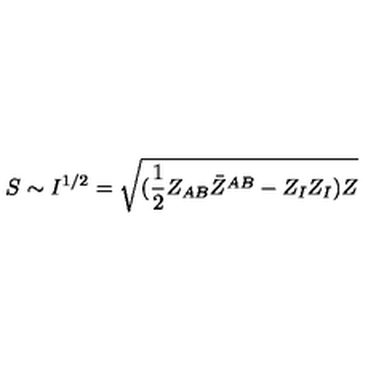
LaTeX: S \sim I ^ { 1 / 2 } = \sqrt { ( { \frac { 1 } { 2 } } Z _ { A B } \bar { Z } ^ { A B } - Z _ { I } Z _ { I } ) Z }